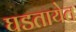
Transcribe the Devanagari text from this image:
घडतायेत